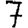
Digit: 7